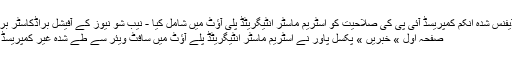
پکسل پاور نے سافٹ ویئر ڈیفنس شدہ انکم کمپریسڈ آئی پی کی صلاحیت کو اسٹریم ماسٹر انٹیگریٹڈ پلی آؤٹ میں شامل کیا - نیب شو نیوز کے آفیشل براڈکاسٹر براڈکاسٹ بیٹ - نیب شو لائیو
صفحہ اول » خبریں » پکسل پاور نے اسٹریم ماسٹر انٹیگریٹڈ پلے آؤٹ میں سافٹ ویئر سے طے شدہ غیر کمپریسڈ IP قابلیت کا اضافہ کیا ہے۔